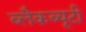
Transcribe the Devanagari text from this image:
ब्लैकब्यूटी